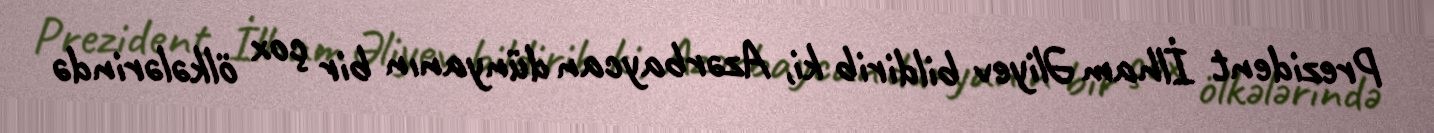
Prezident İlham Əliyev bildirib ki, Azərbaycan dünyanın bir çox ölkələrində